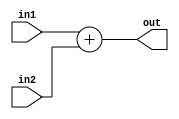
/*
E/16/388
Lab 05 part 4
32 bit ALU
Supports  add instruction.
*/



module alu_32bit(in1, in2, out);

	input [31:0] in1, in2;
	output reg [31:0] out;

	always @(in1,in2) 
	begin	
	#2	
		//#2 for add operation like main alu_system module.works parrallal to main alu
		out =  in1 + in2;
	end


endmodule